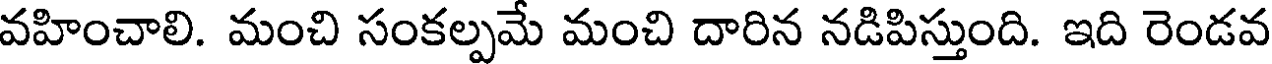
వహించాలి. మంచి సంకల్పమే మంచి దారిన నడిపిస్తుంది. ఇది రెండవ